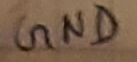
Text: GND